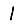
Digit: 1